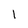
Character: 1